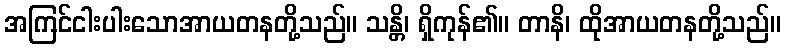
အကြင်ငါးပါးသောအာယတနတို့သည်။ သန္တိ၊ ရှိကုန်၏။ တာနိ၊ ထိုအာယတနတို့သည်။